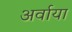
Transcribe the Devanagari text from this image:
अर्वाया